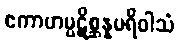
ဧကာဟပ္ပဋိစ္ဆန္နပရိဝါသံ